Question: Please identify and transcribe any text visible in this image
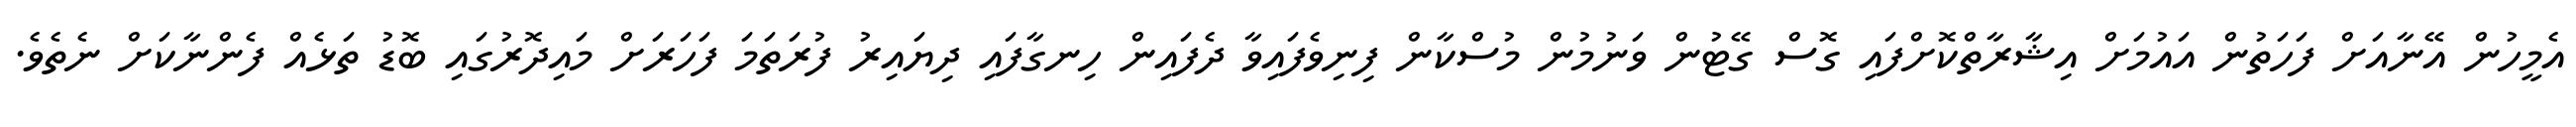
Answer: އެމީހުން އޭނާއަށް ފަހަތުން އައުމަށް އިޝާރާތްކޮށްފައި ގޮސް ގޭޓުން ވަނުމުން މުސްކާން ފިނިވެފައިވާ ދެފައިން ހިނގާފައި ދިޔައިރު ފުރަތަމަ ފަހަރަށް މައިދޮރުގައި ބޮޑު ތަޅެއް ފެންނާކަށް ނެތެވެ.